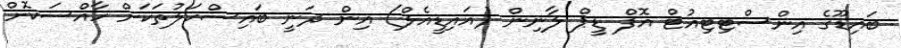
ބައިޑޫގެ އިންސްޓިޓިއުޓް އޮފް ޑީޕް ލާނިން (އައިޑީއެލް) އިން ދަނީ ބައިސްކަލުތަކަށް ހާއްސަކޮށް